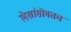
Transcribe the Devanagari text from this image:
लेखांसोबतच